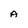
Character: A